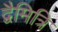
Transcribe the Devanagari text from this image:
द्वैमित्रि